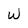
Character: w